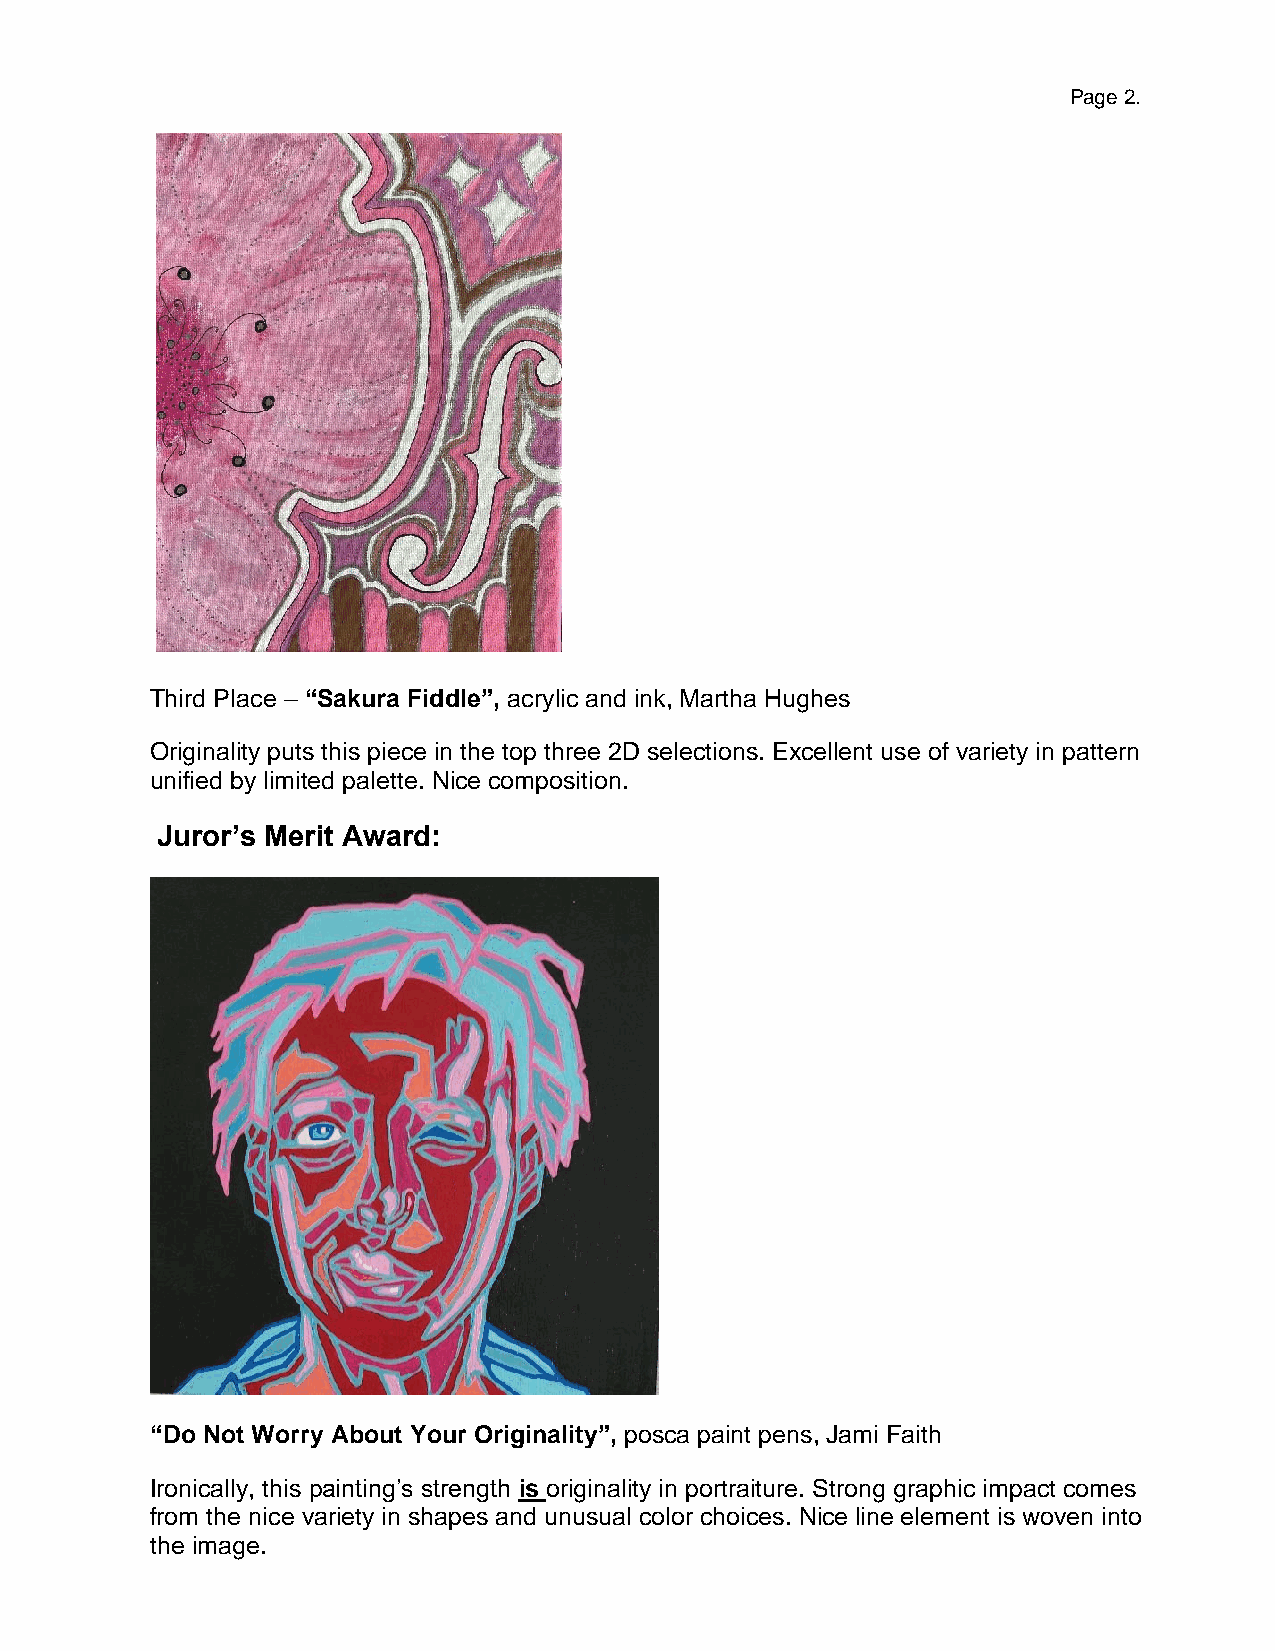
Page 2.
 Third Place – “Sakura Fiddle”, acrylic and ink, Martha Hughes
 Originality puts this piece in the top three 2D selections. Excellent use of variety in pattern
 unified by limited palette. Nice composition.
 Juror’s Merit Award:
 “Do Not Worry About Your Originality”, posca paint pens, Jami Faith
 Ironically, this painting’s strength is originality in portraiture. Strong graphic impact comes
 from the nice variety in shapes and unusual color choices. Nice line element is woven into
 the image.